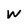
Character: W